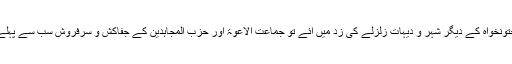
مظفراقبال، باغ، بالا کوٹ اور آزاد کشمیر و خیبرپختونخواہ کے دیگر شہر و دیہات زلزلے کی زد میں آئے تو جماعت الاعوۃ اور حزب المجاہدین کے جفاکش و سرفروش سب سے پہلے متحرک ہوئے اور امدادی سرگرمیوں کا آغاز کیا۔